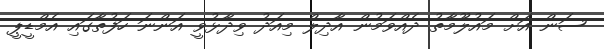
ސަން އަށް މައުލޫމާތު ދެއްވަމުން އާދިލް މިއަދު ވިދާޅުވީ އަންނަ ހަފުތާގައި އެމްޑީޕީ